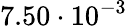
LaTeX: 7.50\cdot 10^{-3}